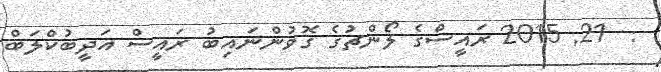
:  21